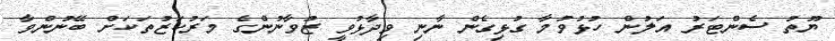
ޔޫތު ސެންޓަރު އަލުން ހުޅުވުމާ ގުޅިގެން ނާނި ވިދާޅުވީ ޒުވާނުންގެ މަރުކަޒުތަކަށް ބޭނުންވާ